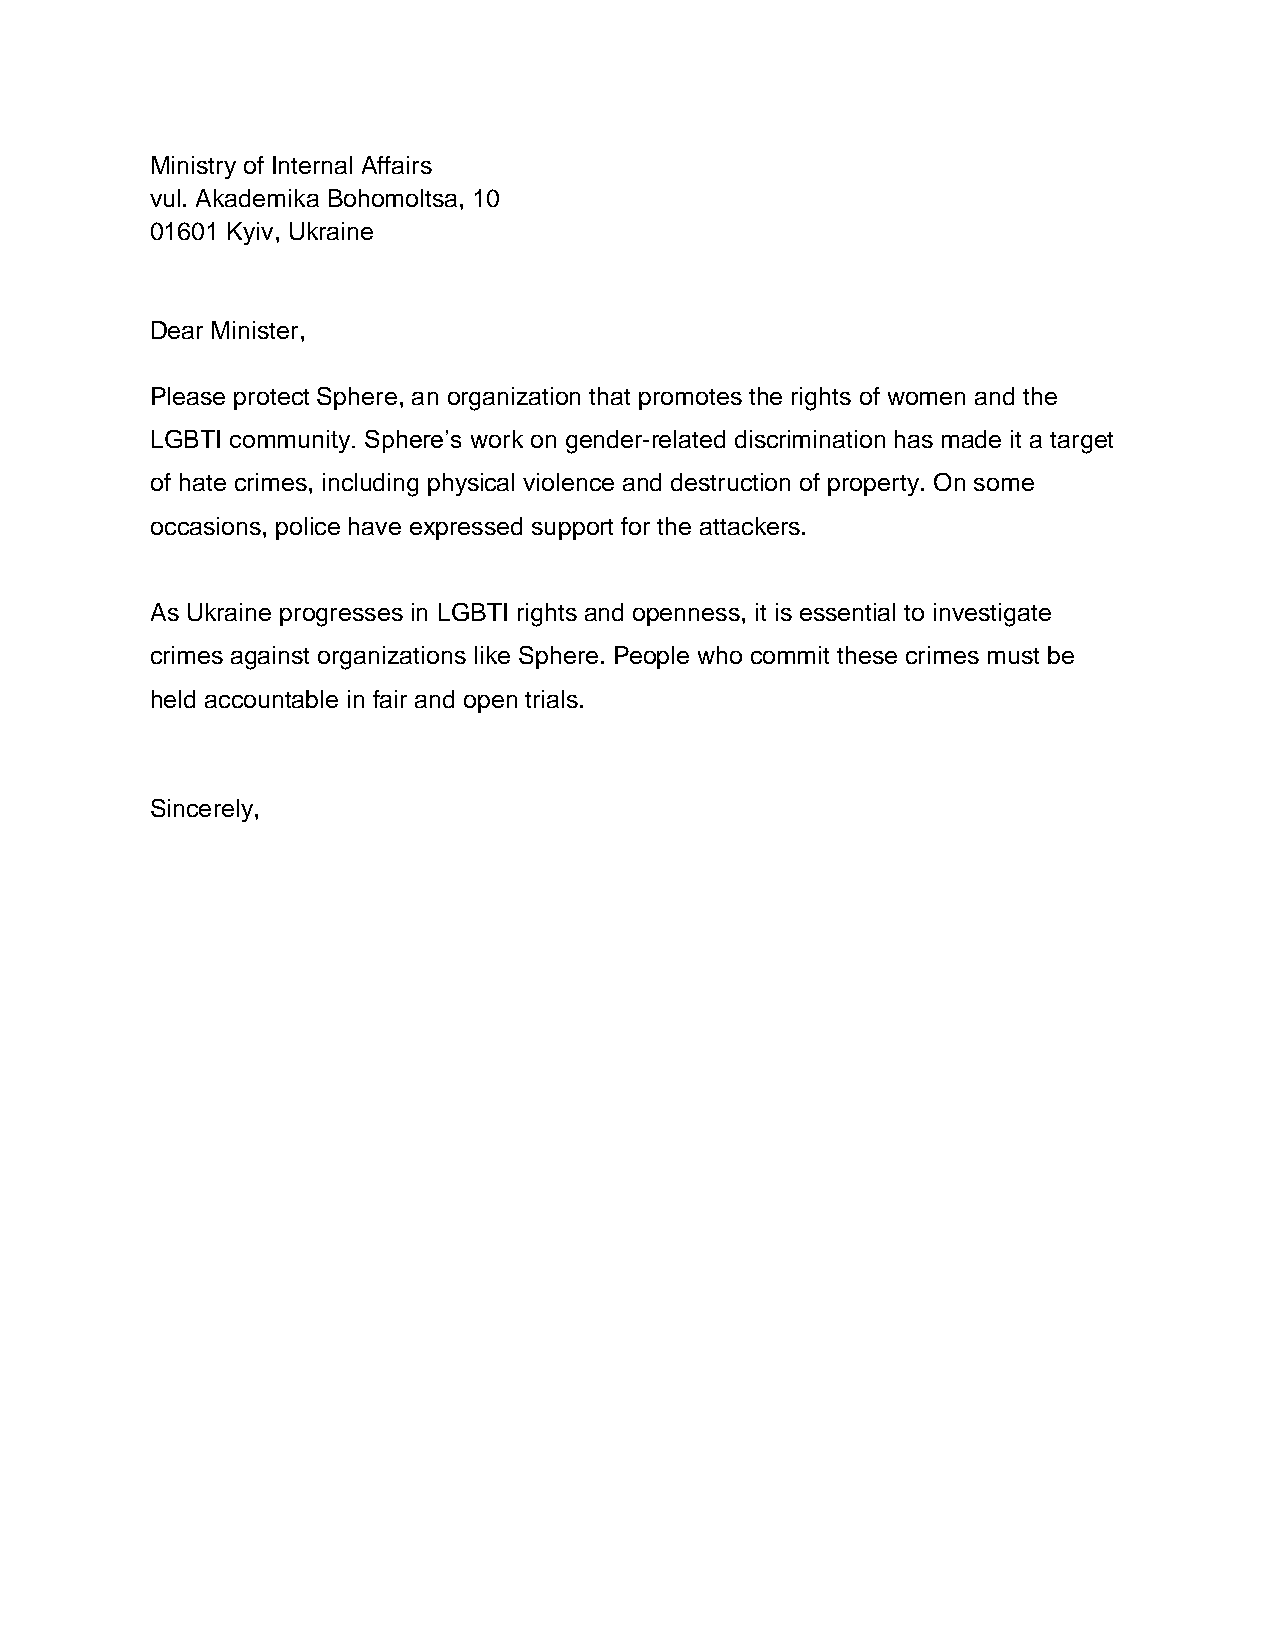
Ministry of Internal Affairs
 vul. Akademika Bohomoltsa, 10
 01601 Kyiv, Ukraine
 Dear Minister,
 Please protect Sphere, an organization that promotes the rights of women and the
 LGBTI community. Sphere’s work on gender-related discrimination has made it a target
 of hate crimes, including physical violence and destruction of property. On some
 occasions, police have expressed support for the attackers.
 As Ukraine progresses in LGBTI rights and openness, it is essential to investigate
 crimes against organizations like Sphere. People who commit these crimes must be
 held accountable in fair and open trials.
 Sincerely,